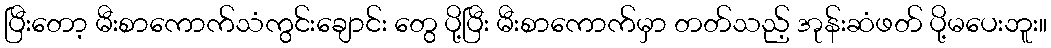
ပြီးတော့ မီးစာကောက်သံကွင်းချောင်း တွေ ပို့ပြီး မီးစာကောက်မှာ တတ်သည့် အုန်းဆံဖတ် ပို့မပေးဘူး။